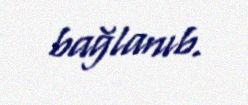
bağlanıb.